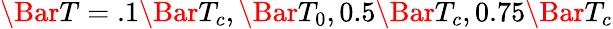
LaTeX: \Bar{T}=.1\Bar{T}_{c},\Bar{T}_{0},0.5\Bar{T}_{c},0.75\Bar{T}_{c}